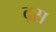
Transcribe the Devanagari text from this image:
द्स